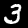
Label: 3